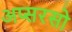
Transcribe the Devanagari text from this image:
अप्सरसो